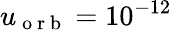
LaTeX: u_{\mathrm{~o~r~b~}}=10^{-12}